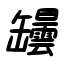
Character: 罎